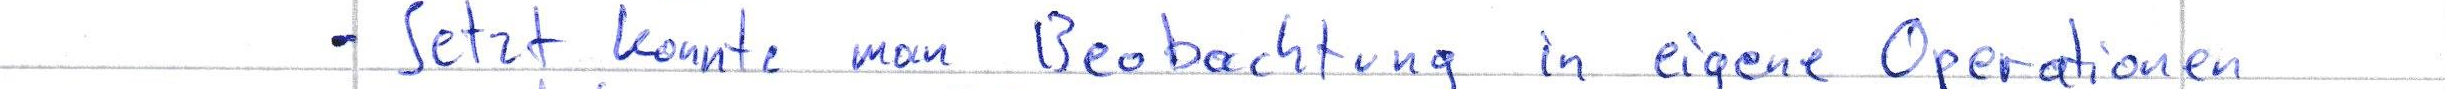
- Setzt konnte man Beobachtung in eigene Operationen